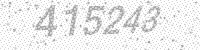
Solution: 415243